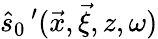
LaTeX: \widehat{s}_{0}\, ^{\prime}(\vec{x},\vec{\xi},z,\omega)